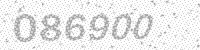
Solution: 086900